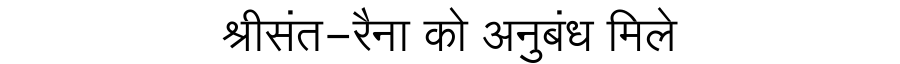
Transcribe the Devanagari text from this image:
श्रीसंत-रैना को अनुबंध मिले